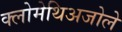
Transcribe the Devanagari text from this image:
क्लोमेथिअजोले